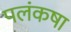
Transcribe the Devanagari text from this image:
पलंकषा